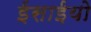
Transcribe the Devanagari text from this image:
ईसाईयो